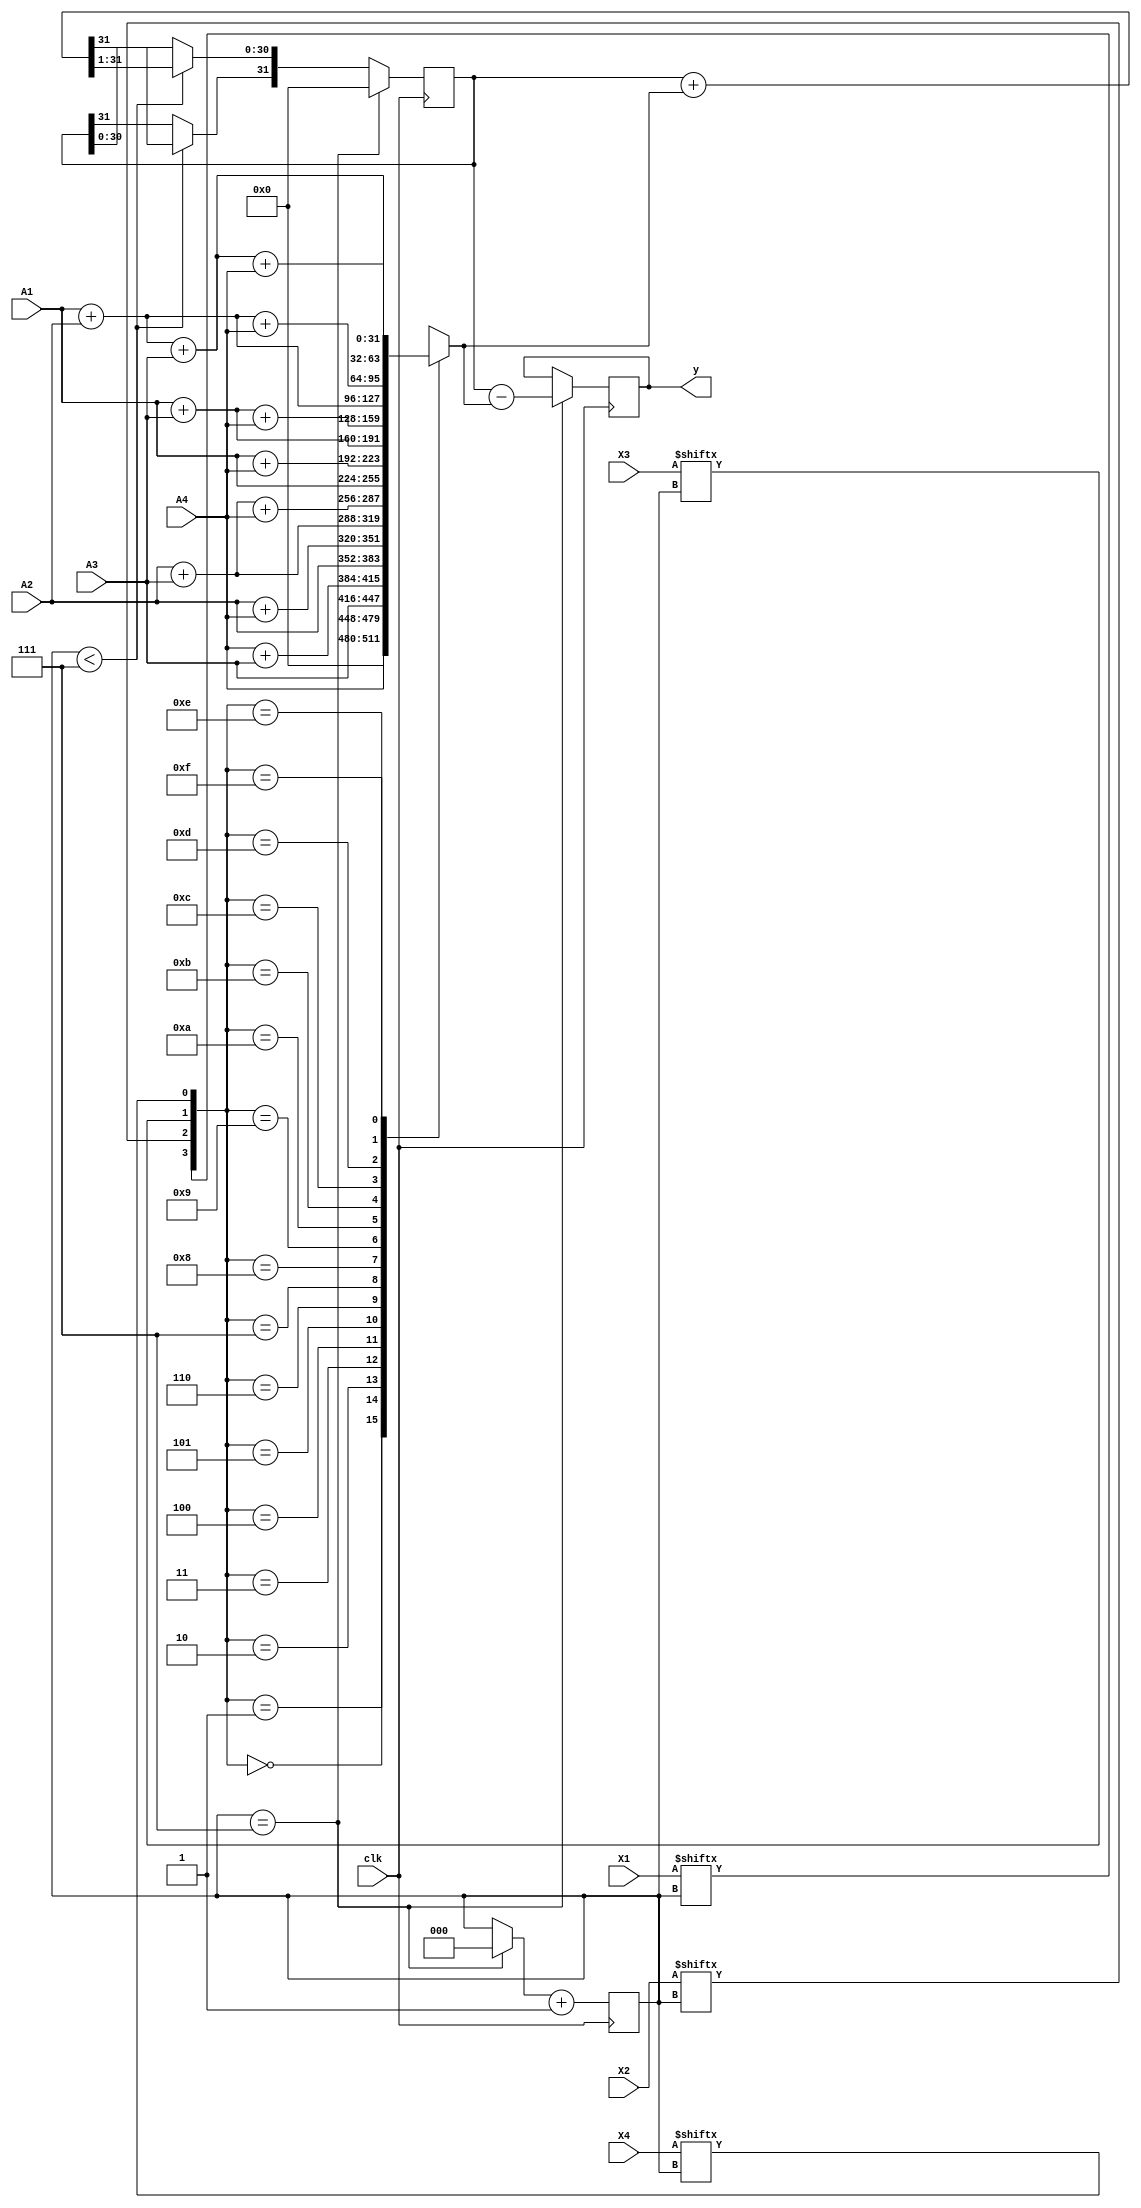
`timescale 1ns / 1ps
//////////////////////////////////////////////////////////////////////////////////
// Company: 
// Engineer: 
// 
// Design Name: 
// Module Name: da
// Project Name: 
// Target Devices: 
// Tool Versions: 
// Description: 
// 
// Dependencies: 
// 
// Revision:
// Revision 0.01 - File Created
// Additional Comments:
// 
//////////////////////////////////////////////////////////////////////////////////


module da(clk,X1,X2,X3,X4,A1,A2,A3,A4,y);
    input [31:0]A1,A2,A3,A4;
    input [7:0]X1,X2,X3,X4;
    input clk;
    output reg [31:0]y;
    reg [31:0]lout;
    reg [31:0]ACC_shift,ACC;
    reg w;
    reg [2:0]i;
    initial
    begin 
       ACC=0;ACC_shift=0;i=0;
    end 
    always@(posedge clk)
    begin  
        case({X1[i],X2[i],X3[i],X4[i]})
           0:lout=0;
           1:lout=A4;
           2:lout=A3;
           3:lout= A4+A3;
           4:lout=A2;
           5:lout=A2+A4;
           6:lout=A2+A3;
           7:lout=A2+A3+A4;
           8:lout=A1;
           9:lout=A1+A4;
           10:lout=A1+A3;
           11:lout=A1+A3+A4;
           12:lout=A1+A2;
           13:lout=A1+A2+A4;
           14:lout=A1+A2+A3;
           15:lout=A1+A2+A3+A4;
       endcase
       if(i==7)
        begin
          ACC=(ACC_shift)-lout;
          y=ACC;
          ACC_shift=0;
          ACC=0;i=0;
          end
        else if(i<7)
        begin
         ACC=(ACC_shift)+lout;
         w=ACC[31];
         ACC_shift=(ACC>>1);
         ACC_shift[31]=w;
         end
         i=i+1;
       end
endmodule